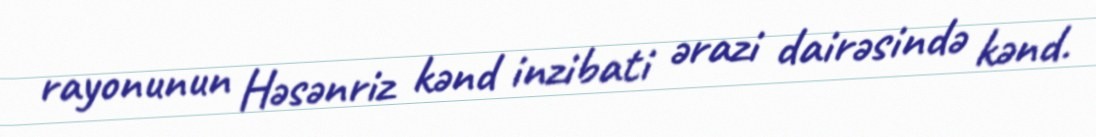
rayonunun Həsənriz kənd inzibati ərazi dairəsində kənd.